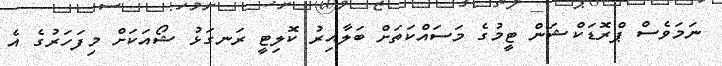
ނަމަވެސް ޕްރޮޑަކްޝަން ޓީމުގެ މަސައްކަތަށް ބަލާއިރު ކޮލިޓީ ރަނގަޅު ޝޯއަކަށް މިފަހަރުގެ އެ